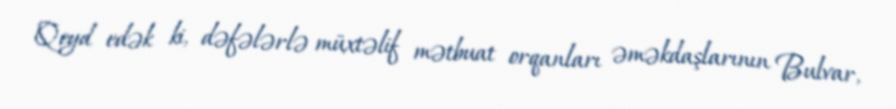
Qeyd edək ki, dəfələrlə müxtəlif mətbuat orqanları əməkdaşlarının Bulvar,